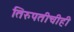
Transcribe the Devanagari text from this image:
तिरुपतीचीही